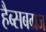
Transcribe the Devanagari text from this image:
हैब्सबग्रज